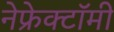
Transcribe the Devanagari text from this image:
नेफ्रेक्टॉमी